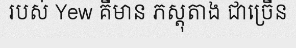
របស់ Yew គឺមាន ភស្តុតាង ជាច្រើន